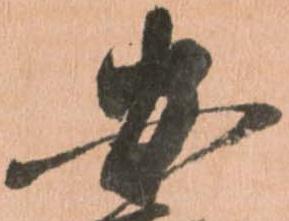
安